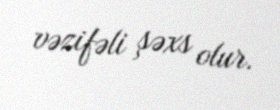
vəzifəli şəxs olur.